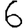
Digit: 6